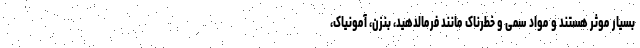
بسیار موثر هستند و مواد سمی و خطرناک مانند فرمالدهید، بنزن، آمونیاک،